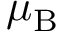
\mu _ { \mathrm { B } }